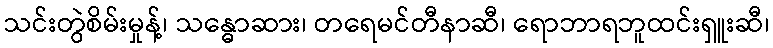
သင်းတွဲစိမ်းမှုန့်၊ သန္ဓောဆား၊ တရေမင်တီနာဆီ၊ ရောဘာရဘူထင်းရှူးဆီ၊